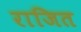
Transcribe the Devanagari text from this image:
राजित